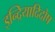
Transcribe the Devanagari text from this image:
इन्द्रियादिदोष